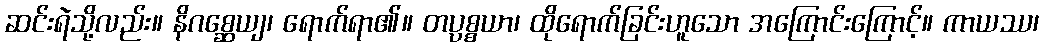
ဆင်းရဲသို့လည်း။ နိဂစ္ဆေယျ၊ ရောက်ရာ၏။ တပ္ပစ္စယာ၊ ထိုရောက်ခြင်းဟူသော အကြောင်းကြောင့်။ ကာယဿ၊